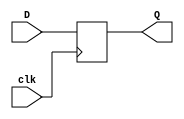
`timescale 1ns / 1ps
//////////////////////////////////////////////////////////////////////////////////
// Company: 
// Engineer: 
// 
// Design Name: 
// Module Name: d_flip_flop
// Project Name: 
// Target Devices: 
// Tool Versions: 
// Description: 
// 
// Dependencies: 
// 
// Revision:
// Revision 0.01 - File Created
// Additional Comments:
// 
//////////////////////////////////////////////////////////////////////////////////


module d_flip_flop(D,clk,Q);
input  D; // Data input 
input clk; // clock input 
output reg Q; // output Q 
always @(posedge clk) 
begin
 Q <= D; 
end 
endmodule